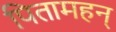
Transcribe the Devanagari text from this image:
पितामहन्